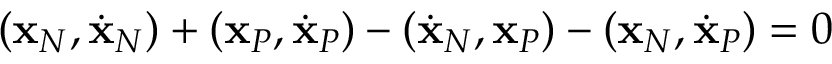
( { \bf x } _ { N } , \dot { \bf x } _ { N } ) + ( { \bf x } _ { P } , \dot { \bf x } _ { P } ) - ( \dot { \bf x } _ { N } , { \bf x } _ { P } ) - ( { \bf x } _ { N } , \dot { \bf x } _ { P } ) = 0